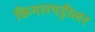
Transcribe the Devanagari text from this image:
किनारपट्टीलर